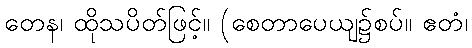
တေန၊ ထိုသပိတ်ဖြင့်။ (စေတာပေယျ၌စပ်။ ဧတံ၊